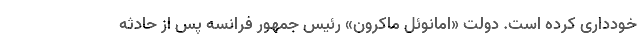
خودداری کرده است. دولت «امانوئل ماکرون» رئیس جمهور فرانسه پس از حادثه